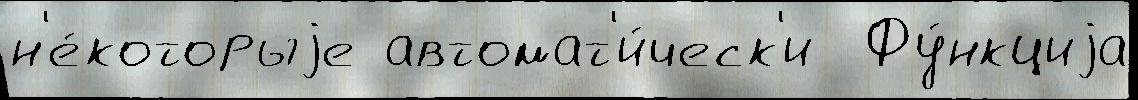
н'е́которыjе автомат'и́ческ'и  Фу́нкциjа